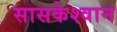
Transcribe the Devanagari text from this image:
सासकेश्वान